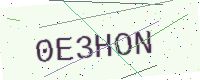
Text: 0E3HON